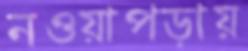
নওয়াপড়ায়